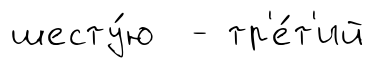
шесту́ю - тр'е́т'ий